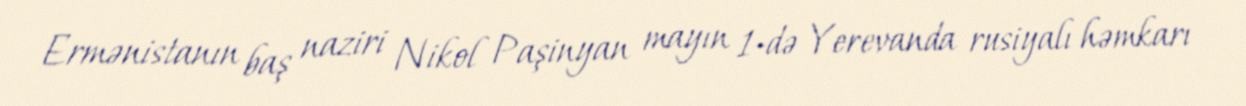
Ermənistanın baş naziri Nikol Paşinyan mayın 1-də Yerevanda rusiyalı həmkarı